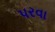
પરવા